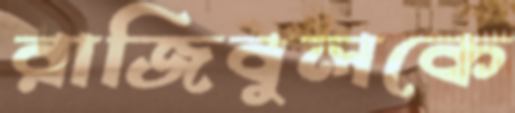
রাজিবুলকে